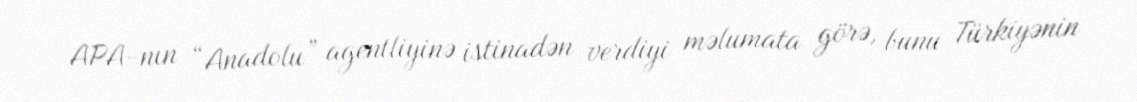
APA-nın “Anadolu” agentliyinə istinadən verdiyi məlumata görə, bunu Türkiyənin